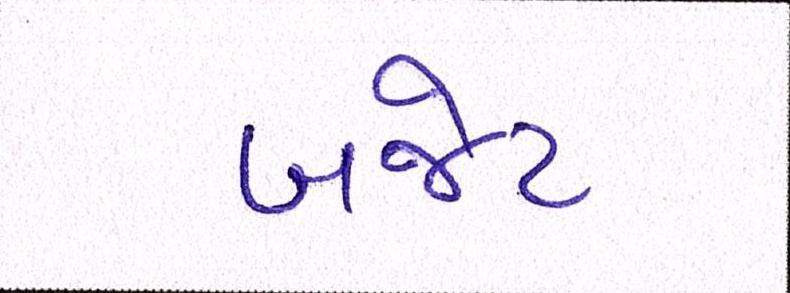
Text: બજેટ